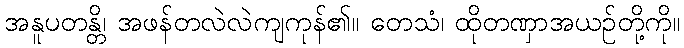
အနူပတန္တိ၊ အဖန်တလဲလဲကျကုန်၏။ တေသံ၊ ထိုတဏှာအယဉ်တို့ကို။